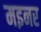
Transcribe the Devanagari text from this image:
मइनर